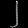
Digit: ၂